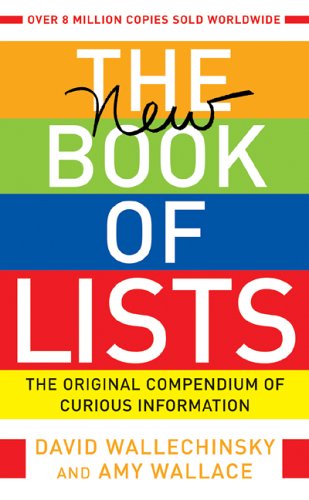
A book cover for The New Book of Lists: The Original Compendium of Curious Information; David Wallechinsky; Humor & Entertainment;